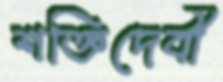
শক্তিদেবী